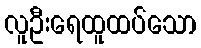
လူဦးရေထူထပ်သော